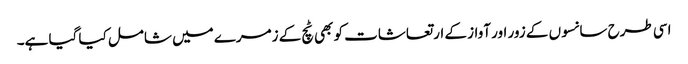
اسی طرح سانسوں کے زور اور آواز کے ارتعاشات کو بھی ٹچ کے زمرے میں شامل کیا گیا ہے۔